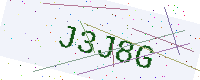
Text: J3J8G